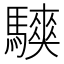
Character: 𱄳